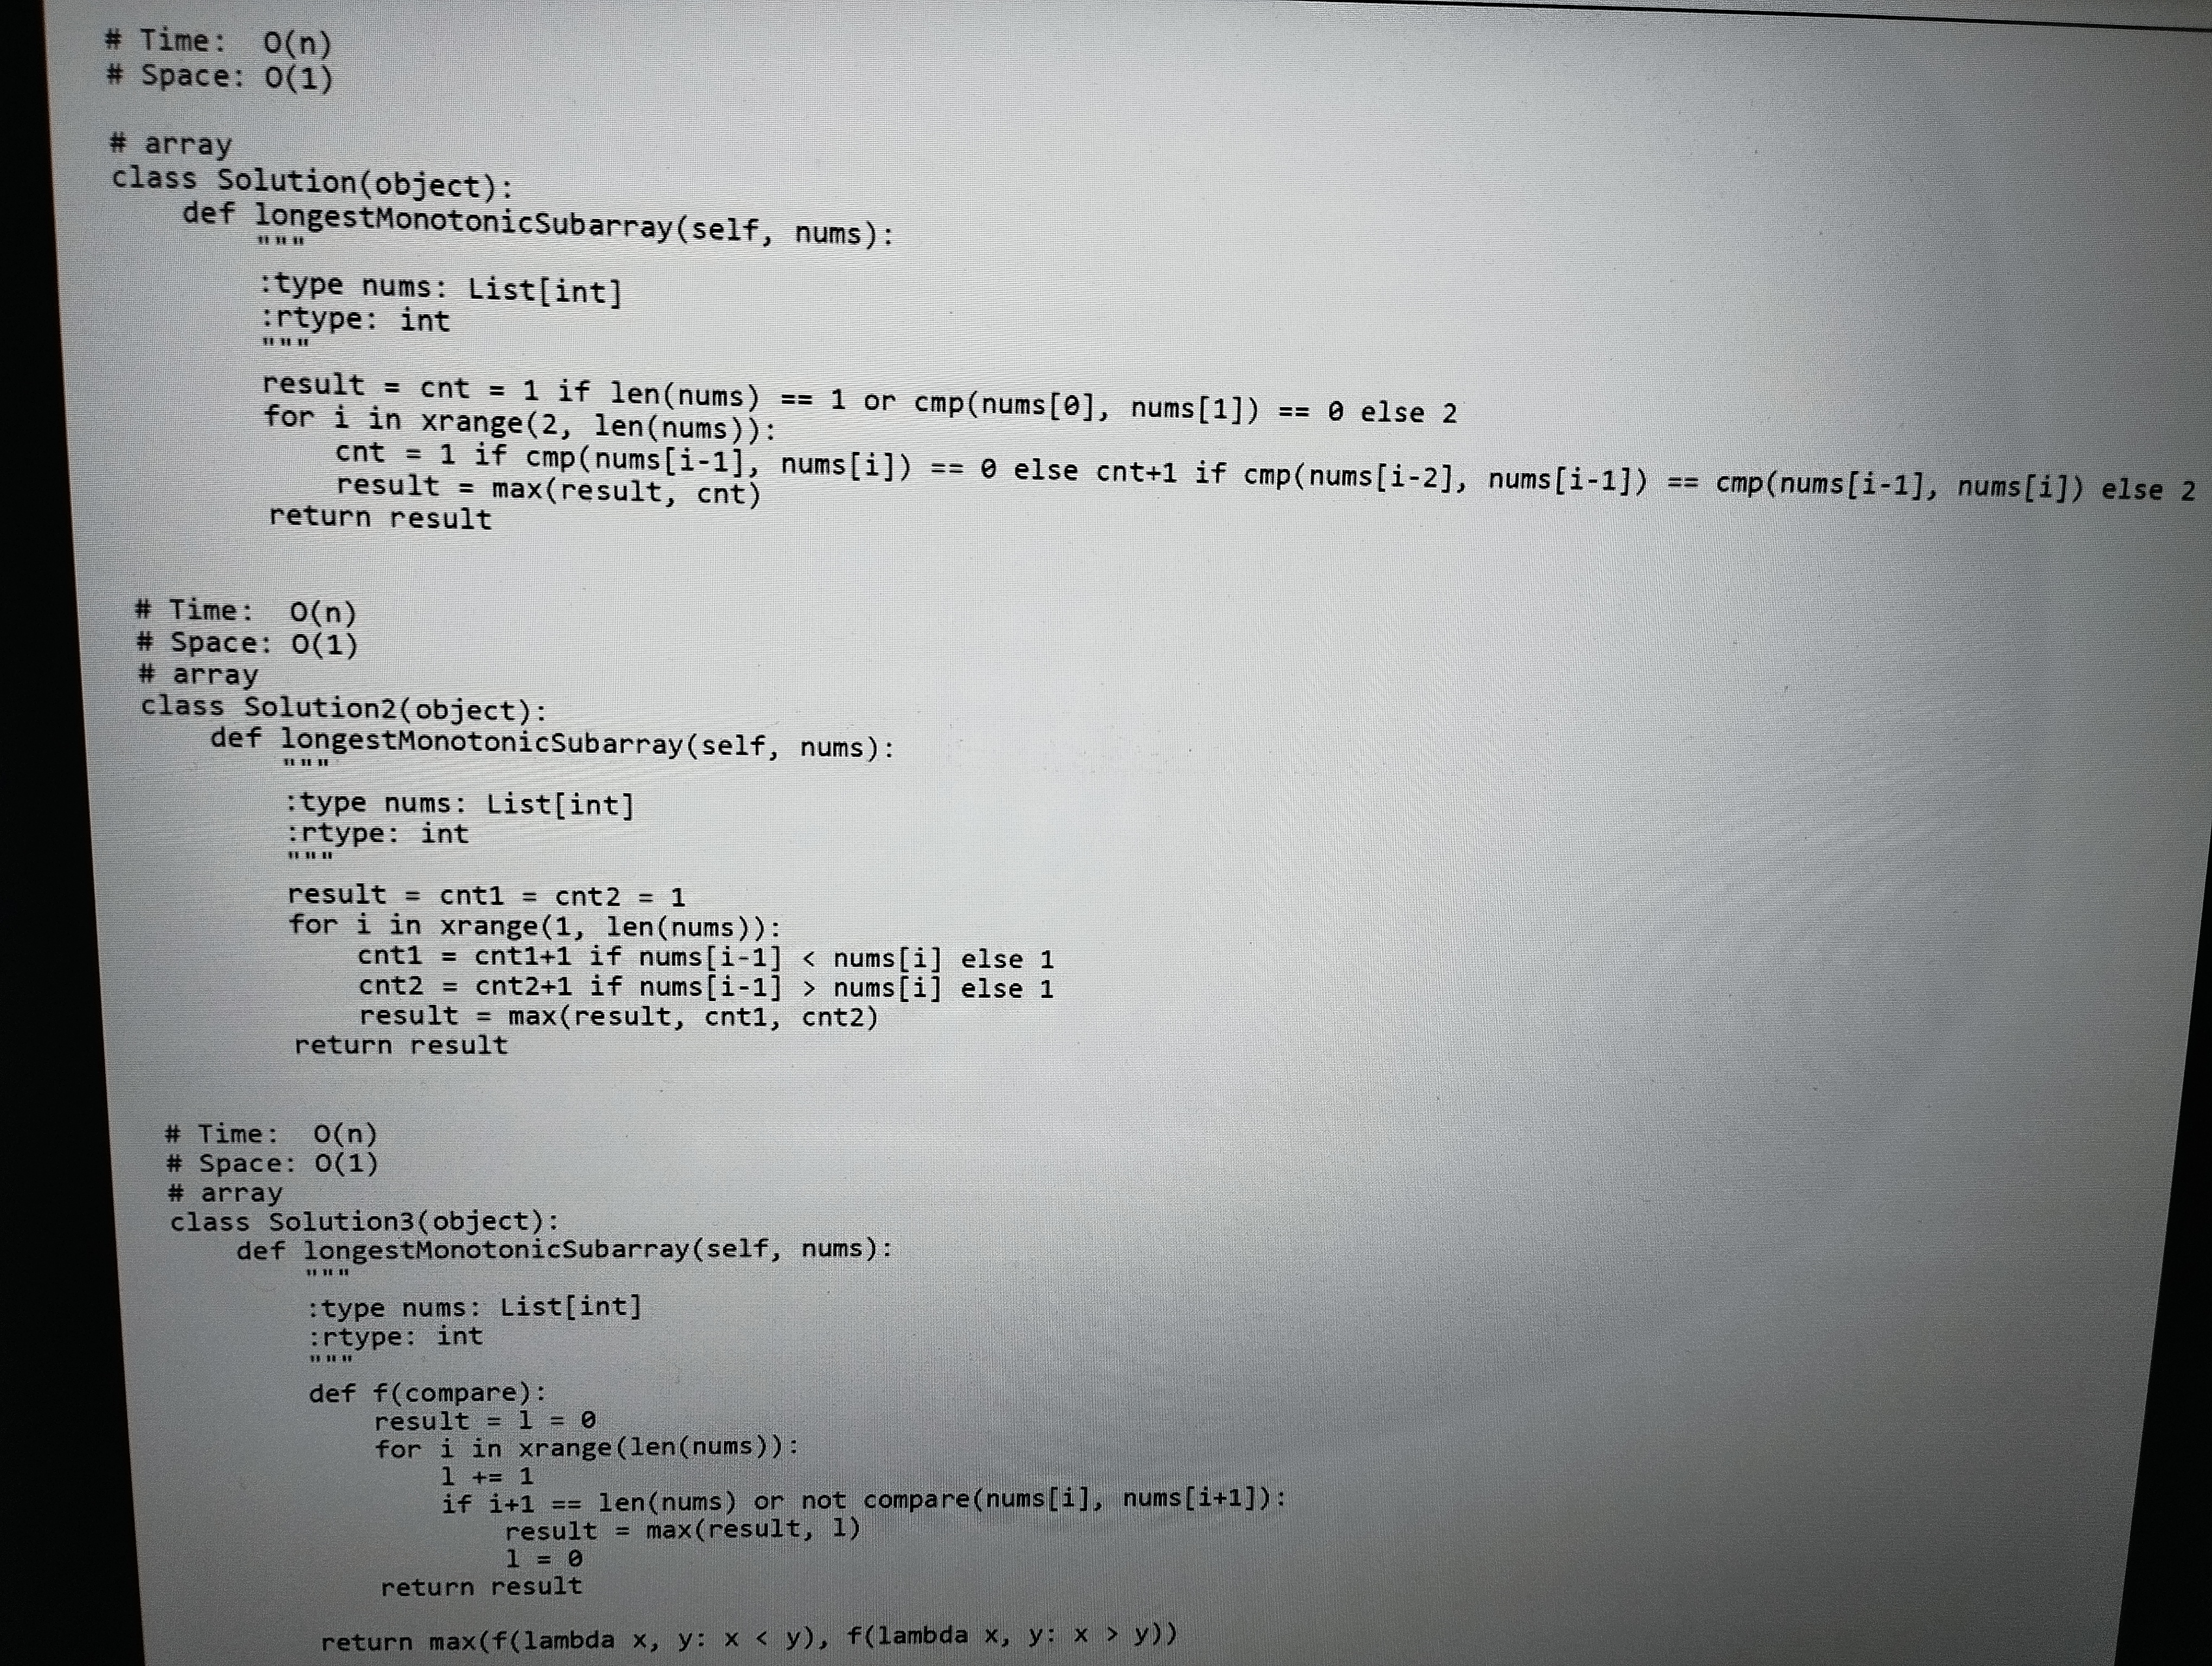
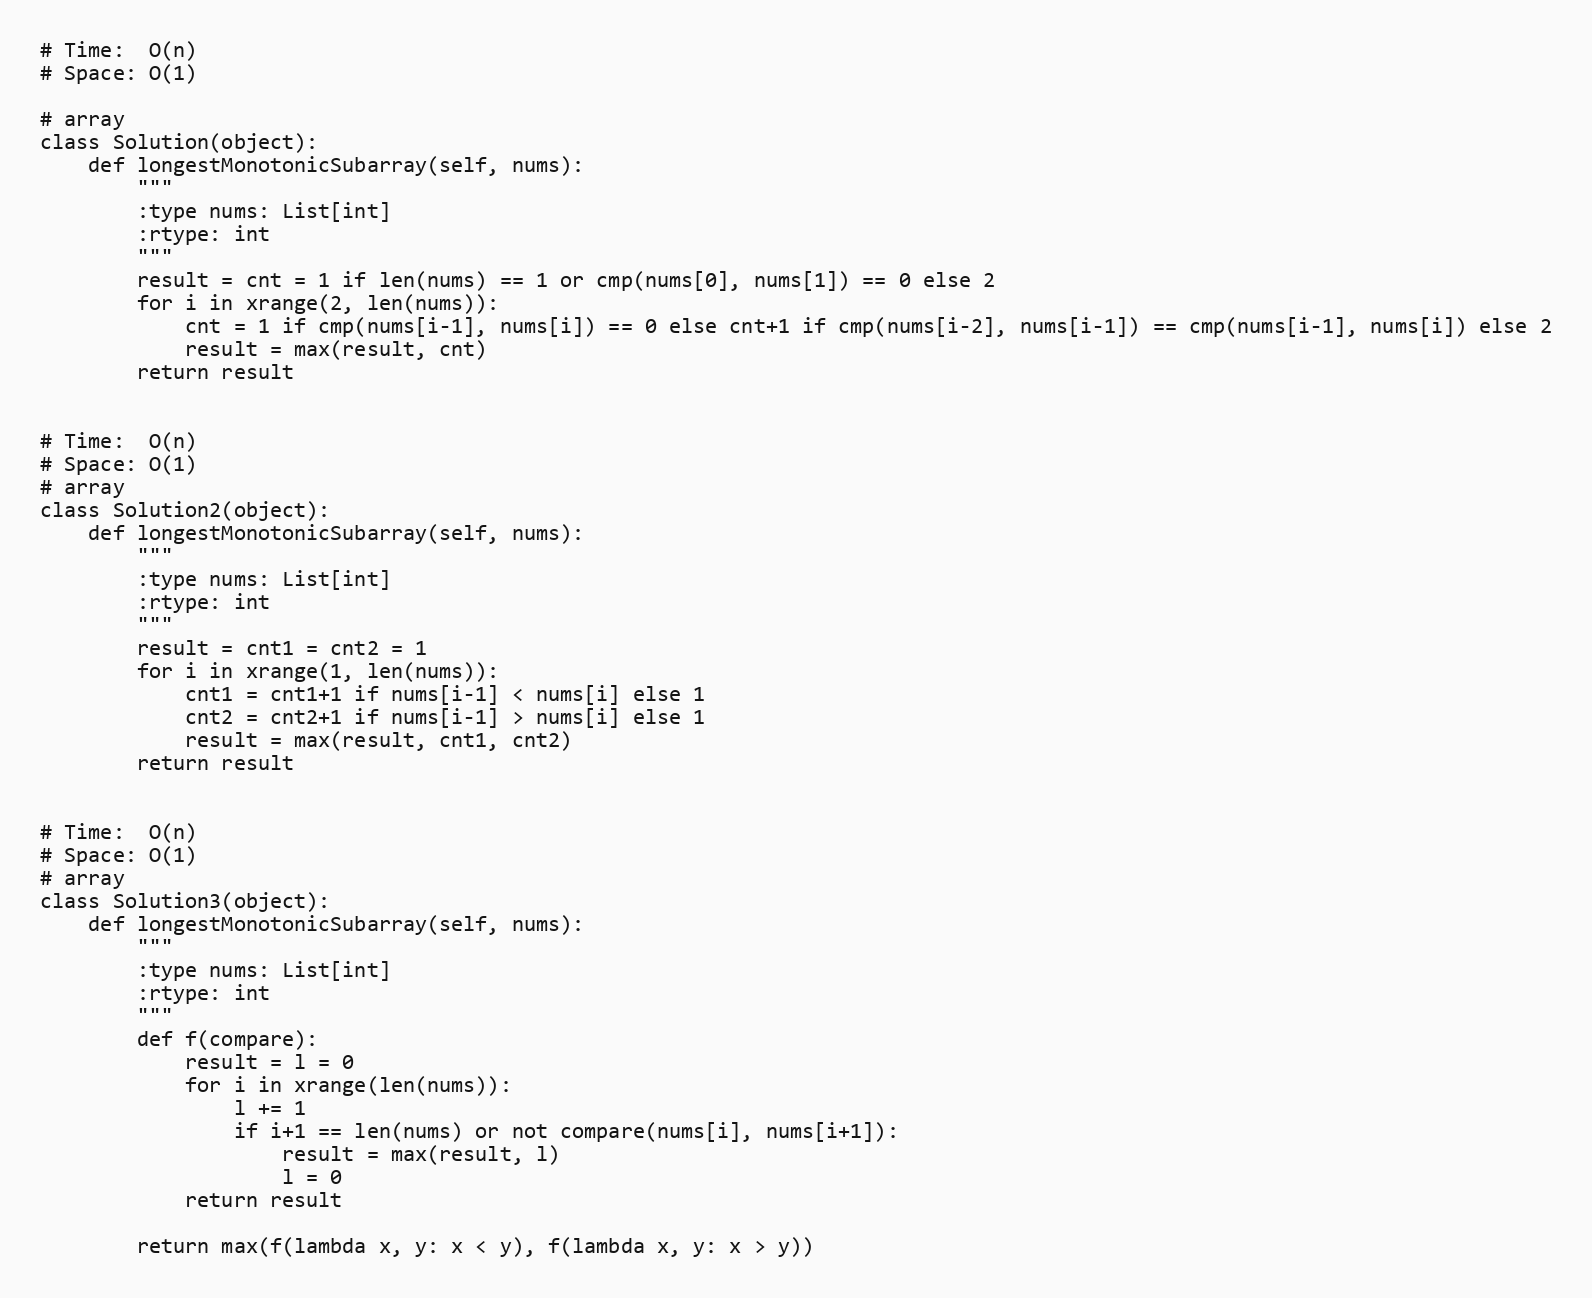
# Time:  O(n)
# Space: O(1)

# array
class Solution(object):
    def longestMonotonicSubarray(self, nums):
        """
        :type nums: List[int]
        :rtype: int
        """
        result = cnt = 1 if len(nums) == 1 or cmp(nums[0], nums[1]) == 0 else 2
        for i in xrange(2, len(nums)):
            cnt = 1 if cmp(nums[i-1], nums[i]) == 0 else cnt+1 if cmp(nums[i-2], nums[i-1]) == cmp(nums[i-1], nums[i]) else 2
            result = max(result, cnt)
        return result

# Time:  O(n)
# Space: O(1)
# array
class Solution2(object):
    def longestMonotonicSubarray(self, nums):
        """
        :type nums: List[int]
        :rtype: int
        """
        result = cnt1 = cnt2 = 1
        for i in xrange(1, len(nums)):
            cnt1 = cnt1+1 if nums[i-1] < nums[i] else 1
            cnt2 = cnt2+1 if nums[i-1] > nums[i] else 1
            result = max(result, cnt1, cnt2)
        return result

# Time:  O(n)
# Space: O(1)
# array
class Solution3(object):
    def longestMonotonicSubarray(self, nums):
        """
        :type nums: List[int]
        :rtype: int
        """
        def f(compare):
            result = l = 0
            for i in xrange(len(nums)):
                l += 1
                if i+1 == len(nums) or not compare(nums[i], nums[i+1]):
                    result = max(result, l)
                    l = 0
            return result

        return max(f(lambda x, y: x < y), f(lambda x, y: x > y))